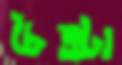
চৈত্রটা